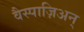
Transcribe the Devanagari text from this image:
वैस्पाज़िअन्